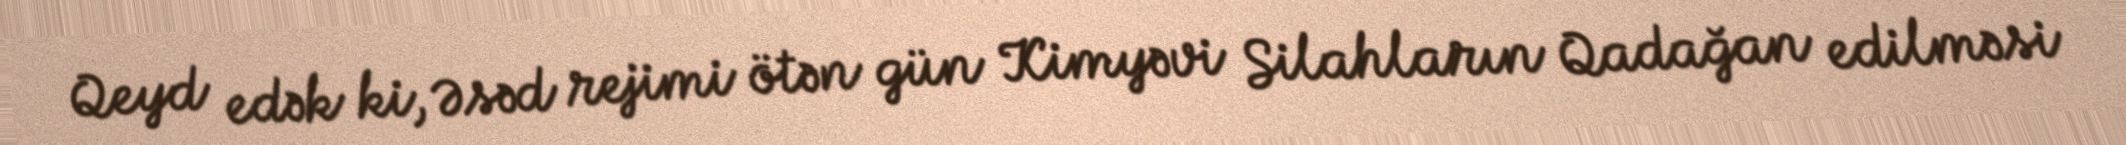
Qeyd edək ki, Əsəd rejimi ötən gün Kimyəvi Silahların Qadağan edilməsi